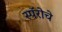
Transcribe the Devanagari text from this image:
स्पॅरोचे